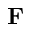
\mathbf { F }